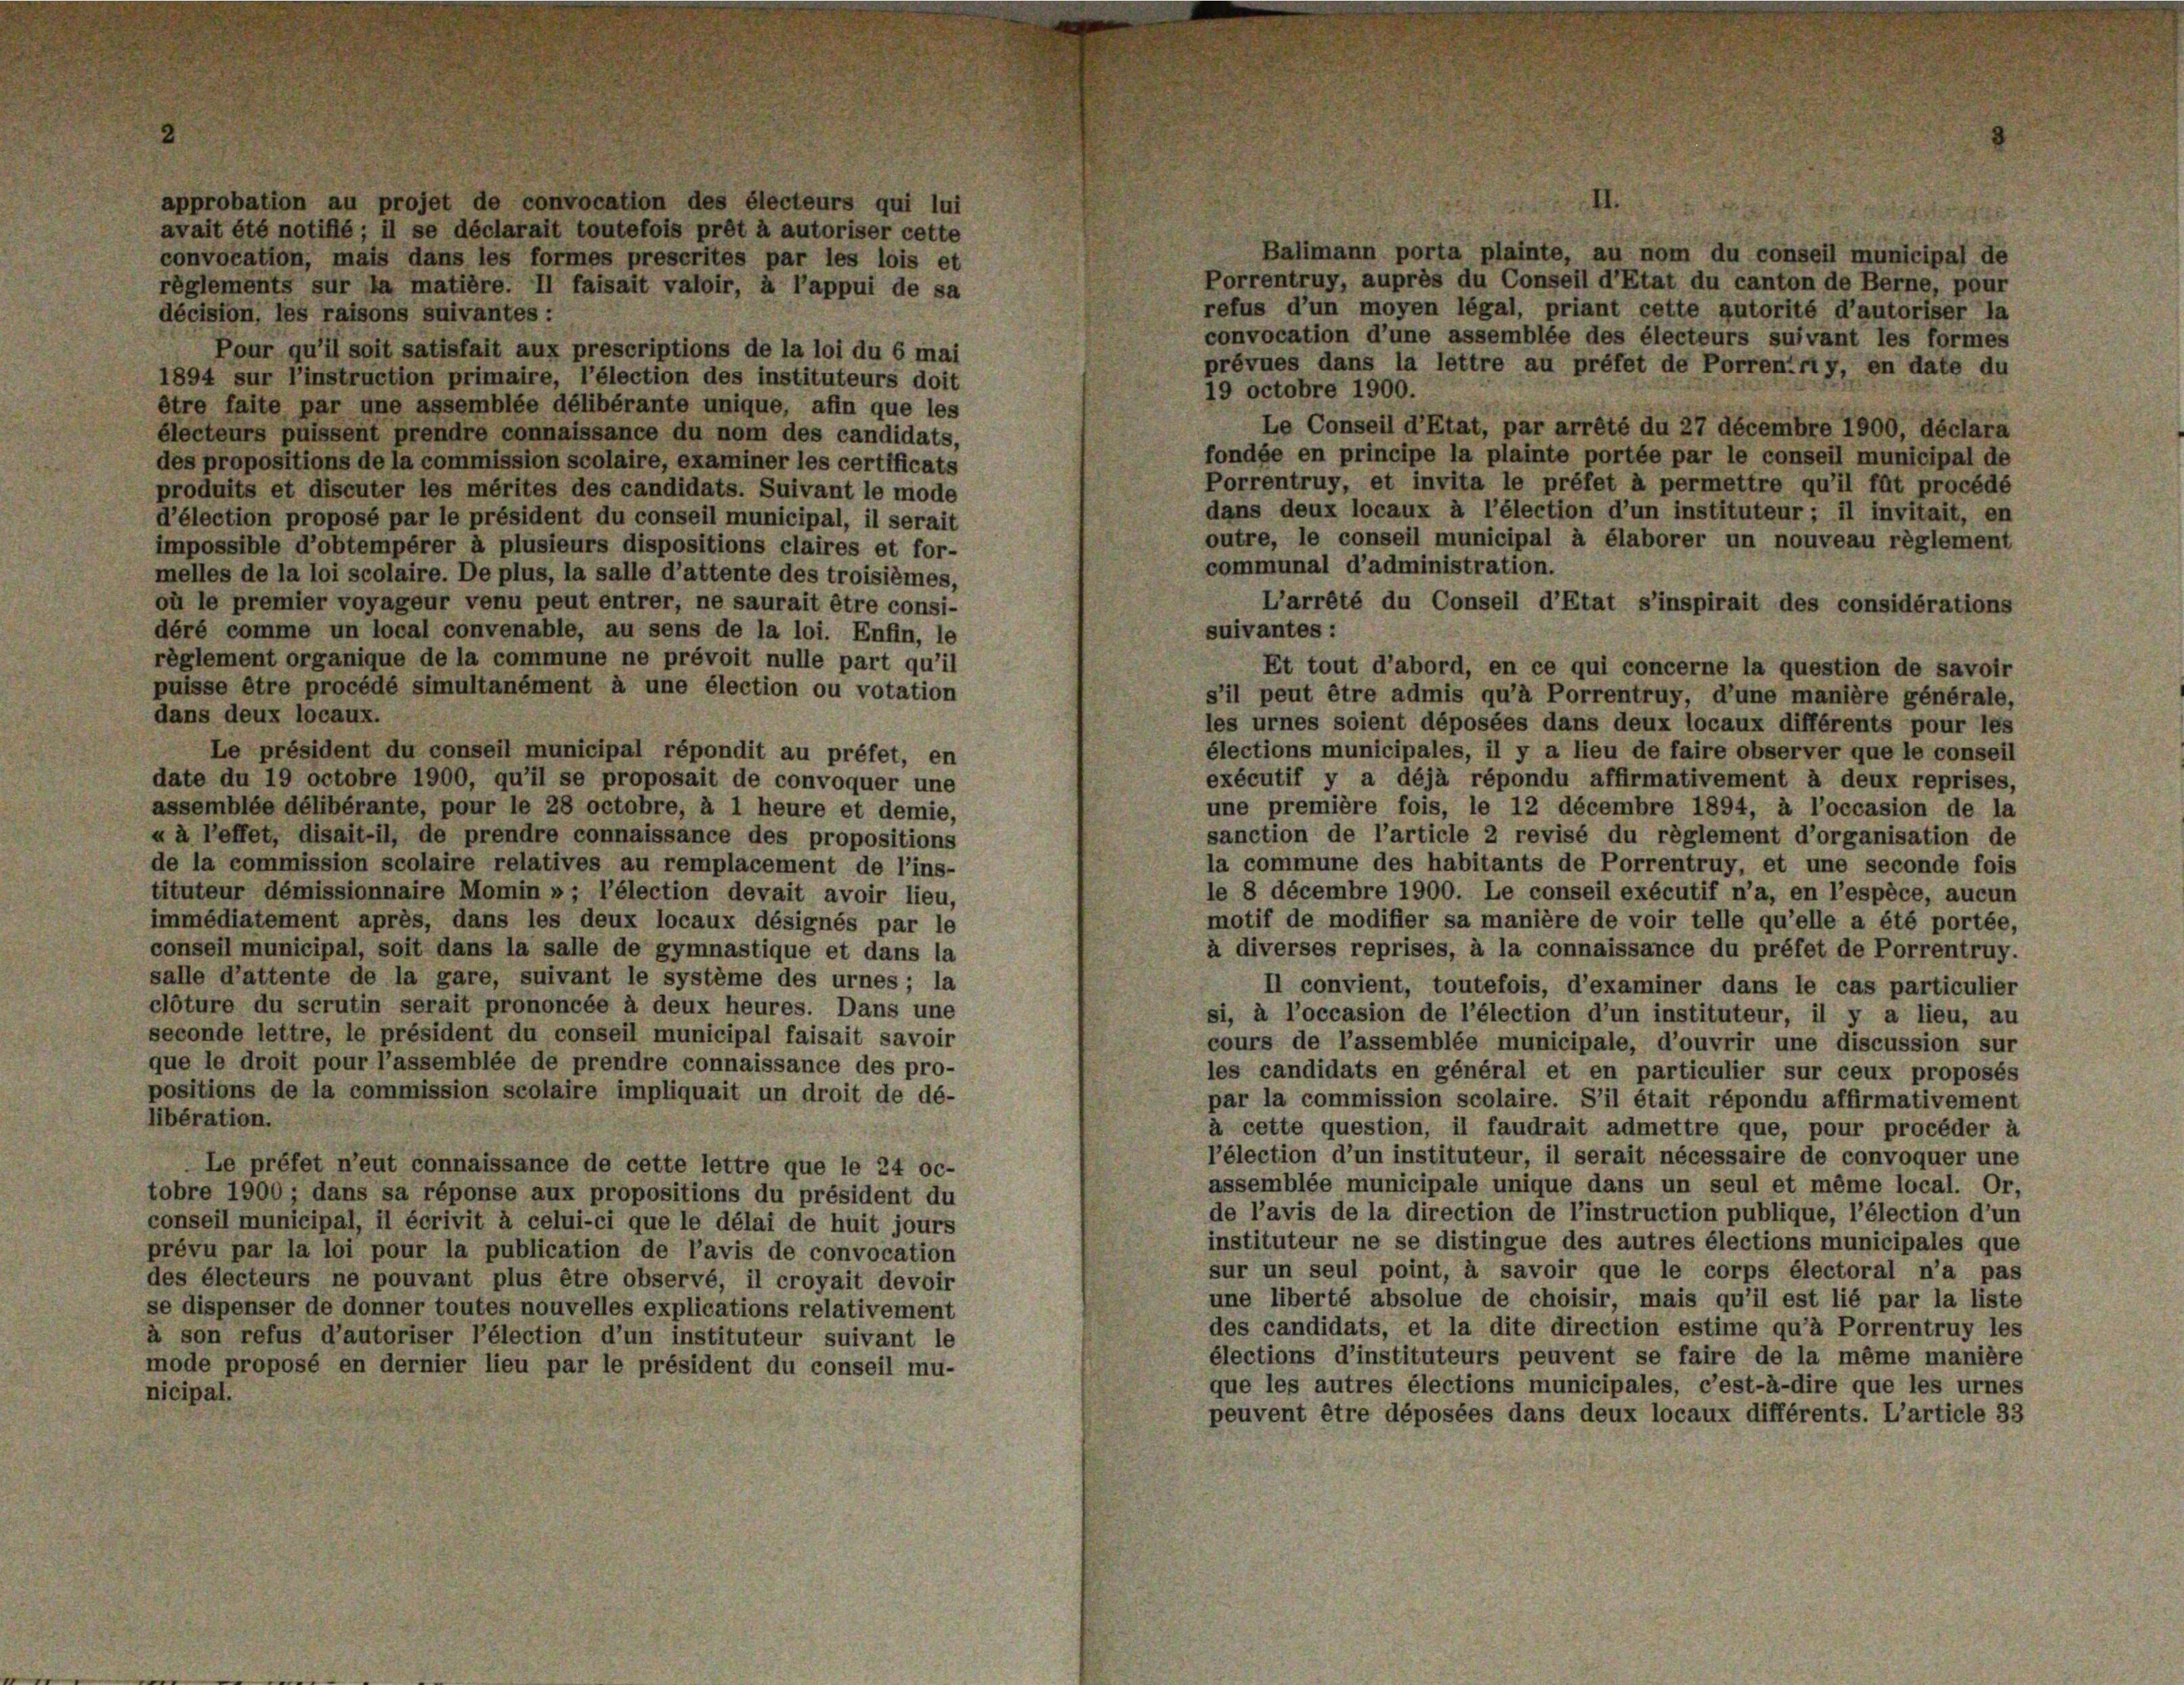
convocation, mais dans les formes prescrites par les lois et
décision, les raisons suivantes:
Pour qu’il soit satisfait aux prescriptions de la loi du 6 mai
1894 sur l’instruction primaire, l’élection des instituteurs doit
être faite par une assemblée délibérante unique, afin que les
électeurs puissent prendre connaissance du nom des candidats,
des propositions de la commission scolaire, examiner les certificats
produits et discuter les mérites des candidats. Suivant le mode
d’élection proposé par le président du conseil municipal, il serait
impossible d’obtempérer à plusieurs dispositions claires et for-
melles de la loi scolaire. De plus, la salle d’attente des troisièmes,
où le premier voyageur venu peut entrer, ne saurait être consi-
déré comme un local convenable, au sens de la loi. Enfin, le
règlement organique de la commune ne prévoit nulle part qu’il
puisse être procédé simultanément à une élection ou votation
dans deux locaux.
Le président du conseil municipal répondit au préfet, en
date du 19 octobre 1900, qu’il se proposait de convoquer une
assemblée délibérante, pour le 28 octobre, à 1 heure et demie,
u à l’effet, disait-il, de prendre connaissance des propositions
de la commission scolaire relatives au remplacement de l’ins-
tituteur démissionnaire Momin »; l’élection devait avoir lieu,
immédiatement après, dans les deux locaux désignés par le
conseil municipal, soit dans la salle de gymnastique et dans la
salle d’attente de la gare, suivant le système des urnes; la
clôture du scrutin serait prononcée à deux heures. Dans une
seconde lettre, le président du conseil municipal faisait savoir
que le droit pour l’assemblée de prendre connaissance des pro-
positions de la commission scolaire impliquait un droit de dé-
libération.
Le préfet n’eut connaissance de cette lettre que le 24 oc-
tobre 1900 ; dans sa réponse aux propositions du président du
conseil municipal, il écrivit à celui-ci que le délai de huit jours
prévu par la loi pour la publication de l’avis de convocation
des électeurs ne pouvant plus être observé, il croyait devoir
se dispenser de donner toutes nouvelles explications relativement
à son refus d’autoriser l’élection d’un instituteur suivant le
mode proposé en dernier lieu par le président du conseil mu-
nicipal.

u projet

règlements sur la matière. Il faisait valoir, à l’appui de sa

s électeurs qui lui

Balimann porta plainte, au nom du conseil municipa) de
Porrentruy, auprès du Conseil d’Etat du canton de Berne, pour
refus d’un moyen légal, priant cette autorité d’autoriser la
convocation d’une assemblée des électeurs suivant les formes
prévues dans la lettre au préfet de Porreniriy, en date du
19 octobre 1900.
Le Conseil d’Etat, par arrêté du 27 décembre 1900, déclara
fondée en principe la plainte portée par le conseil municipal de
Porrentruy, et invita le préfet à permettre qu’il fût procédé
dans deux locaux à l’élection d’un instituteur; il invitait, en
s’il peut être admis qu’à Porrentruy, d’une manière générale,
les urnes soient déposées dans deux locaux différents pour les
élections municipales, il y a lieu de faire observer que le conseil
exécutif y a déjà répondu affirmativement à deux reprises,
une première fois, le 12 décembre 1894, à l’occasion de la
sanction de l’article 2 revisé du règlement d’organisation de
la commune des habitants de Porrentruy, et une seconde fois
le 8 décembre 1900. Le conseil exécutif n’a, en l’espèce, aucun
motif de modifier sa manière de voir telle qu’elle a été portée,
à diverses reprises, à la connaissance du préfet de Porrentruy.
Il convient, toutefois, d’examiner dans le cas particulier
si, à l’occasion de l’élection d’un instituteur, il y a lieu, au
cours de l’assemblée municipale, d’ouvrir une discussion sur
les candidats en général et en particulier sur ceux proposés
par la commission scolaire. S’il était répondu affirmativement
à cette question, il faudrait admettre que, pour procéder à
l’élection d’un instituteur, il serait nécessaire de convoquer une
assemblée municipale unique dans un seul et même local. Or,
de l’avis de la direction de l’instruction publique, l’élection d’un
instituteur ne se distingue des autres élections municipales que
sur un seul point, à savoir que le corps électoral n’a pas
une liberté absolue de choisir, mais qu’il est lié par la liste
des candidats, et la dite direction estime qu’à Porrentruy les
élections d’instituteurs peuvent se faire de la même manière
que les autres élections municipales, c’est-à-dire que les urnes
peuvent être déposées dans deux locaux différents. L’article 33

outre, le conseil municipal à élaborer un nouveau règlement
communal d’administration.
suivantes:
Et tout d’abord, en ce qui concerne la question de savoir

L’arrêté du Conseil d’Etat s’inspirait des considérations